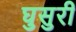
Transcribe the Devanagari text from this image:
घुसुरी